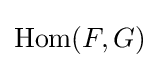
\operatorname {Hom} (F,G)